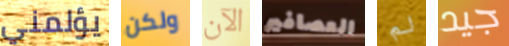
يؤلمني ولكن الآن العصافير لم جيد